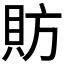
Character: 𫎒